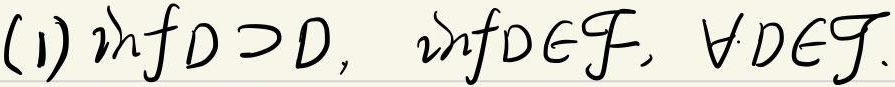
(1) \(\inf D \supset D\)，\(\inf D\in\mathcal{F}\)，\(\forall D\in\mathcal{F}\)。